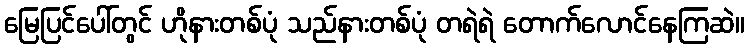
မြေပြင်ပေါ်တွင် ဟိုနားတစ်ပုံ သည်နားတစ်ပုံ တရဲရဲ တောက်လောင်နေကြဆဲ။